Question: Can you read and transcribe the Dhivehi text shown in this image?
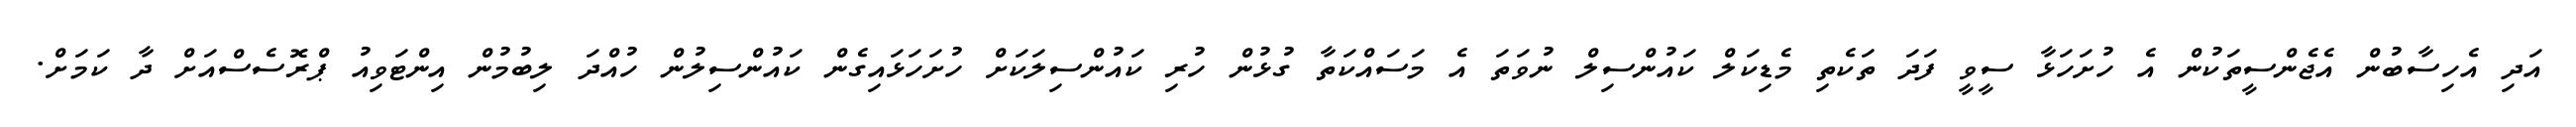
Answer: އަދި އެހިސާބުން އެޖެންސީތަކުން އެ ހުށަހަޅާ ސީވީ ފަދަ ތަކެތި މެޑިކަލް ކައުންސިލް ނުވަތަ އެ މަސައްކަތާ ގުޅުން ހުރި ކައުންސިލަކަށް ހުށަހަޅައިގެން ކައުންސިލުން ހުއްދަ ލިބުމުން އިންޓަވިއު ޕްރޮސެސްއަށް ދާ ކަމަށް.